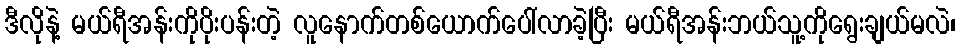
ဒီလိုနဲ့ မယ်ရီအန်းကိုပိုးပန်းတဲ့ လူနောက်တစ်ယောက်ပေါ်လာခဲ့ပြီး မယ်ရီအန်းဘယ်သူ့ကိုရွေးချယ်မလဲ၊